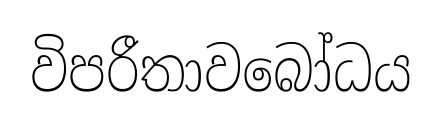
විපරීතාවබෝධය